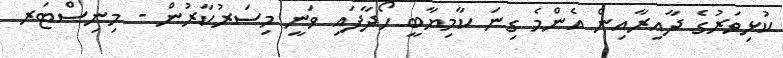
ކުޅިވަރުގެ ދާއިރާއިން އެންމެ ގިނަ ކާމިޔާބީ ހޯދާފައި ވަނީ މިސަރުކާރުން - މިނިސްޓަރ